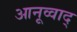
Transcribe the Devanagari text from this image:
आनूव्वाद्